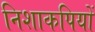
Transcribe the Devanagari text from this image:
निशाकपियों